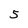
Character: 5